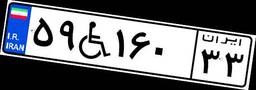
۵۹W۱۶۰۳۳